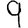
Digit: 9